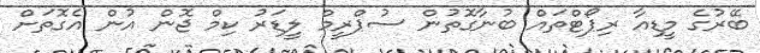
ބޭރުގެ މީޑިއާ ރިޕޯޓްތައް ބުނާގޮތުން ސުޕްރީމް ލީޑަރު ކިމް ޖޮން އުން އެގޮތަށް